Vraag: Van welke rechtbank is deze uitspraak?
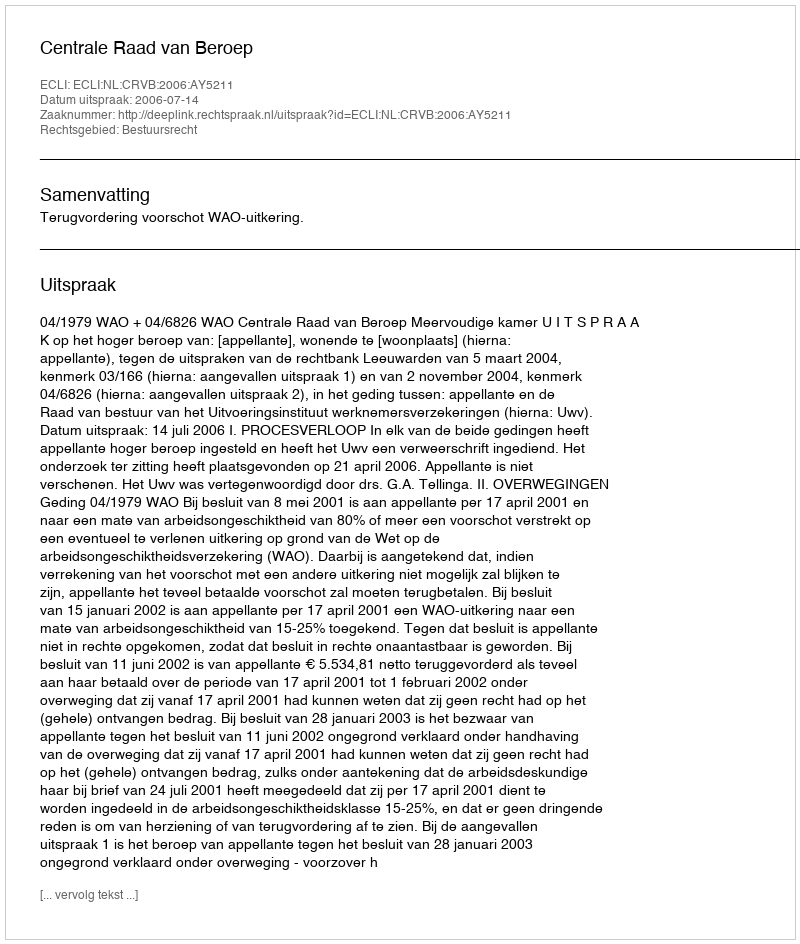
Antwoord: Centrale Raad van Beroep